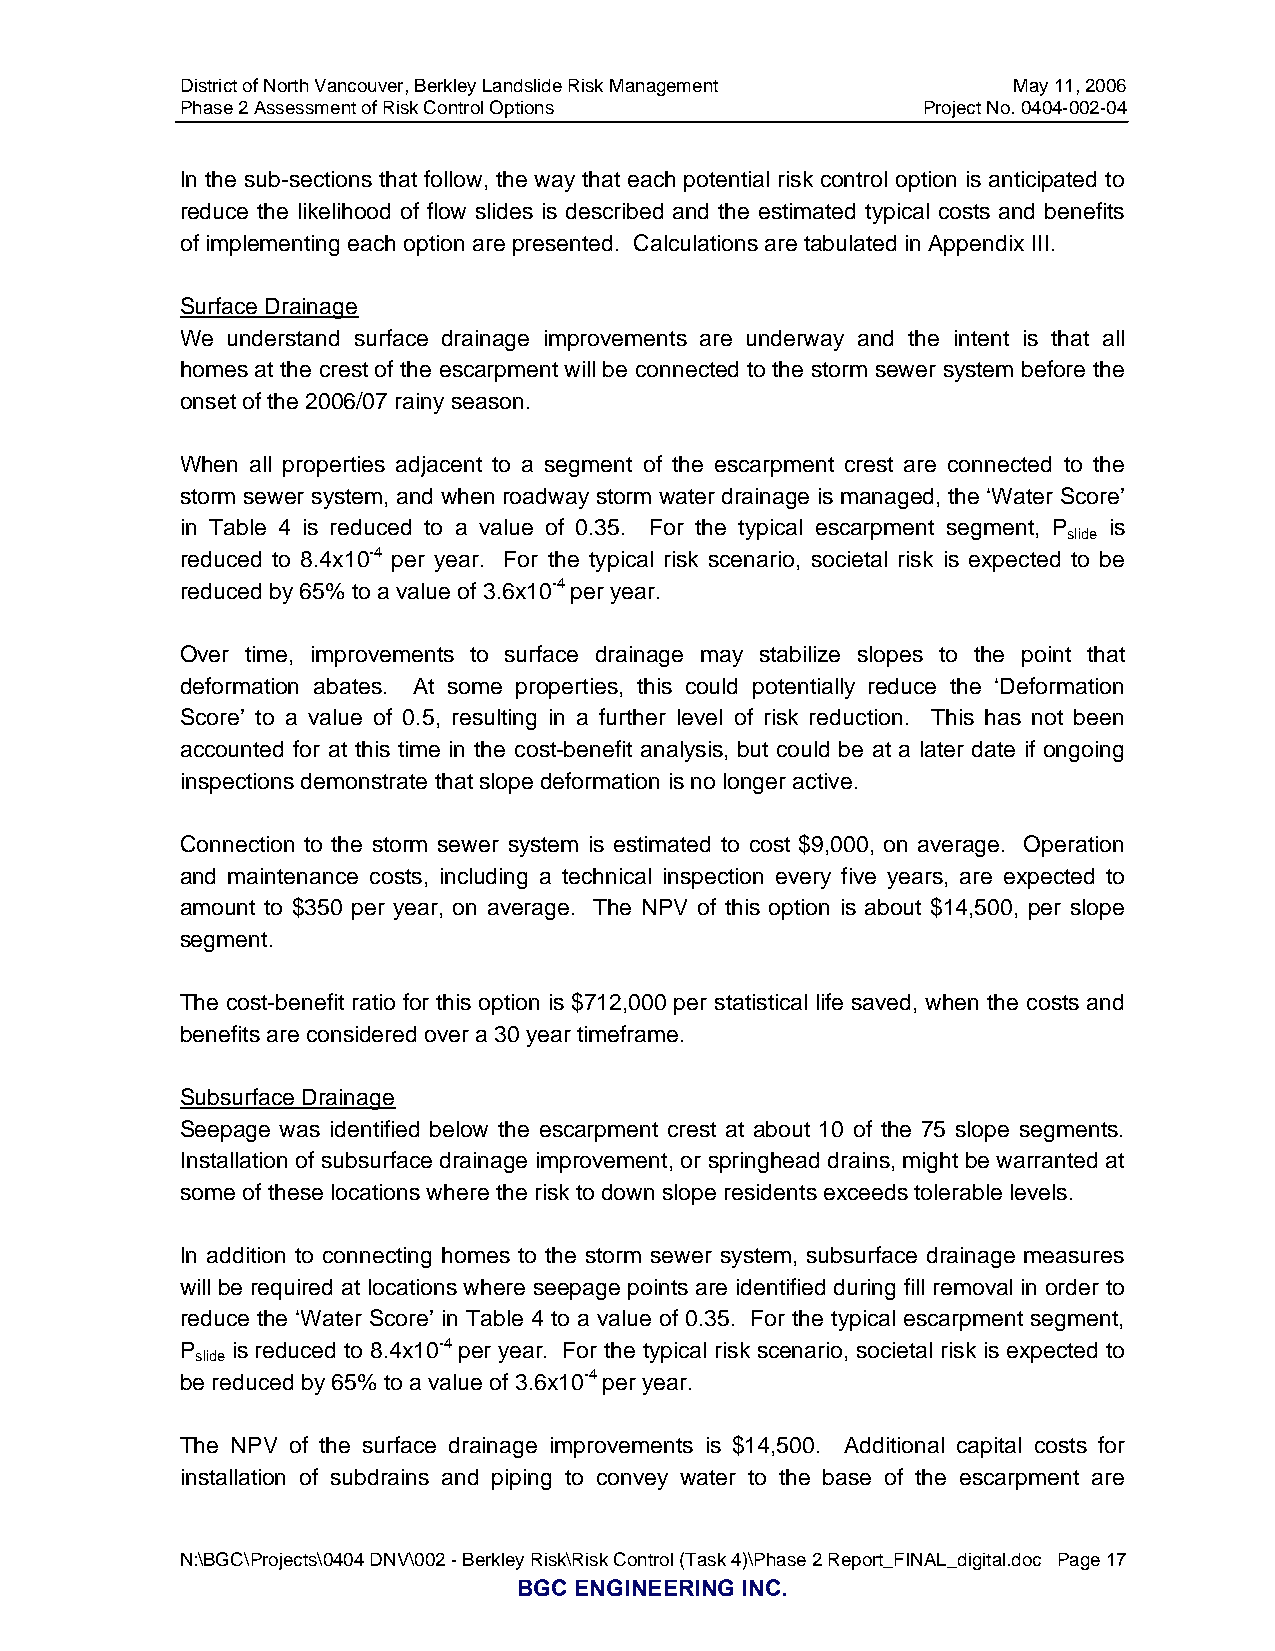
District of North Vancouver, Berkley Landslide Risk Management May 11, 2006
 Phase 2 Assessment of Risk Control Options       Project No. 0404-002-04
 In the sub-sections that follow, the way that each potential risk control option is anticipated to
 reduce the likelihood of flow slides is described and the estimated typical costs and benefits
 of implementing each option are presented. Calculations are tabulated in Appendix III.
 Surface Drainage
 We understand surface drainage improvements are underway and the intent is that all
 homes at the crest of the escarpment will be connected to the storm sewer system before the
 onset of the 2006/07 rainy season.
 When all properties adjacent to a segment of the escarpment crest are connected to the
 storm sewer system, and when roadway storm water drainage is managed, the ‘Water Score’
 in Table 4 is reduced to a value of 0.35. For the typical escarpment segment, P is
 slide
 reduced to 8.4x10-4 per year. For the typical risk scenario, societal risk is expected to be
 reduced by 65% to a value of 3.6x10-4 per year.
 Over time, improvements to surface drainage may stabilize slopes to the point that
 deformation abates. At some properties, this could potentially reduce the ‘Deformation
 Score’ to a value of 0.5, resulting in a further level of risk reduction. This has not been
 accounted for at this time in the cost-benefit analysis, but could be at a later date if ongoing
 inspections demonstrate that slope deformation is no longer active.
 Connection to the storm sewer system is estimated to cost $9,000, on average. Operation
 and maintenance costs, including a technical inspection every five years, are expected to
 amount to $350 per year, on average. The NPV of this option is about $14,500, per slope
 segment.
 The cost-benefit ratio for this option is $712,000 per statistical life saved, when the costs and
 benefits are considered over a 30 year timeframe.
 Subsurface Drainage
 Seepage was identified below the escarpment crest at about 10 of the 75 slope segments.
 Installation of subsurface drainage improvement, or springhead drains, might be warranted at
 some of these locations where the risk to down slope residents exceeds tolerable levels.
 In addition to connecting homes to the storm sewer system, subsurface drainage measures
 will be required at locations where seepage points are identified during fill removal in order to
 reduce the ‘Water Score’ in Table 4 to a value of 0.35. For the typical escarpment segment,
 P  is reduced to 8.4x10-4 per year. For the typical risk scenario, societal risk is expected to
 slide
 be reduced by 65% to a value of 3.6x10-4 per year.
 The NPV of the surface drainage improvements is $14,500. Additional capital costs for
 installation of subdrains and piping to convey water to the base of the escarpment are
 N:\BGC\Projects\0404 DNV\002 - Berkley Risk\Risk Control (Task 4)\Phase 2 Report_FINAL_digital.doc Page 17
 BGC ENGINEERING INC.